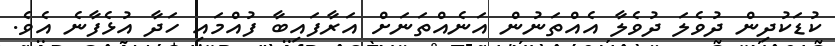
ކުޑަކުދިން ދުވެލަ ދުވެލާ އެއްތަނުން އަނެއްތަނަށް އަރާފައިބާ ފުއްމައި ހަދާ އުޅެފާނެ އެވެ.